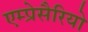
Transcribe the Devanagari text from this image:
एम्प्रेसैरियो